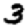
Digit: 3